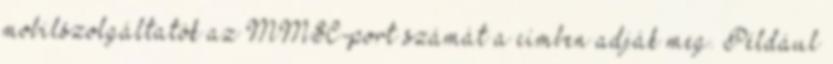
mobilszolgáltatók az MMSC-port számát a címben adják meg. Például